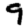
Digit: 9